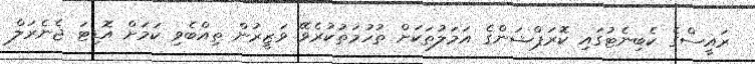
ރައީސްގެ ކެބިނެޓުގައި ކޮރަޕްޝަންގެ އަމަލުތަކަށް ތުހުމަތުކުރެވޭ ވަޒީރުން ތިއްބެވި ކަމަށް އޮޑިޓަ ޖެނެރަލް